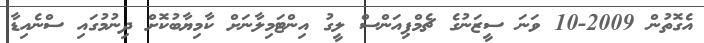
އެގޮތުން 2009-10 ވަނަ ސީޒަނުގެ ޗެމްޕިއަންސް ލީގު އިންޓަމިލާނަށް ކާމިޔާބުކޮށް ދިނުމުގައި ސްނެއިޑާ